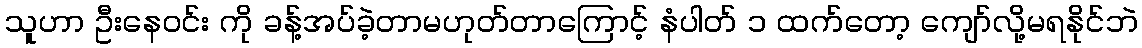
သူဟာ ဦးနေဝင်း ကို ခန့်အပ်ခဲ့တာမဟုတ်တာကြောင့် နံပါတ် ၁ ထက်တော့ ကျော်လို့မရနိုင်ဘဲ